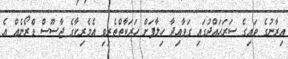
އިރާނުގެ ވައިގެ ސަރަހައްދުގައި ގަވާއިދާ ހިލާފަށް ހަރަކާތްތެރިވި އެމެރިކާގެ ޖާސޫސް ޑްރޯނެއް އެ